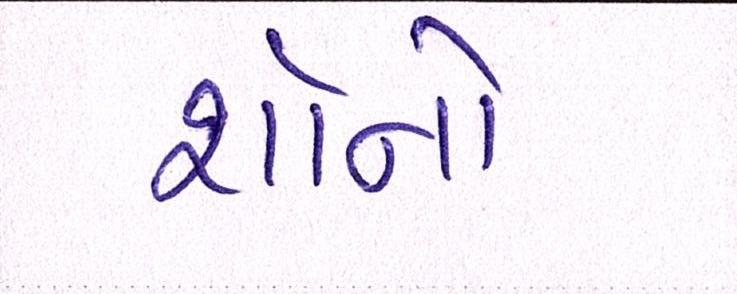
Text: શૉનો